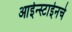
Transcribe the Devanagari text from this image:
आईन्स्टाईनचे